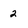
Character: 2